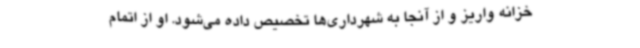
خزانه واریز و از آنجا به شهرداری‌ها تخصیص داده می‌شود. او از اتمام